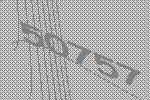
50757